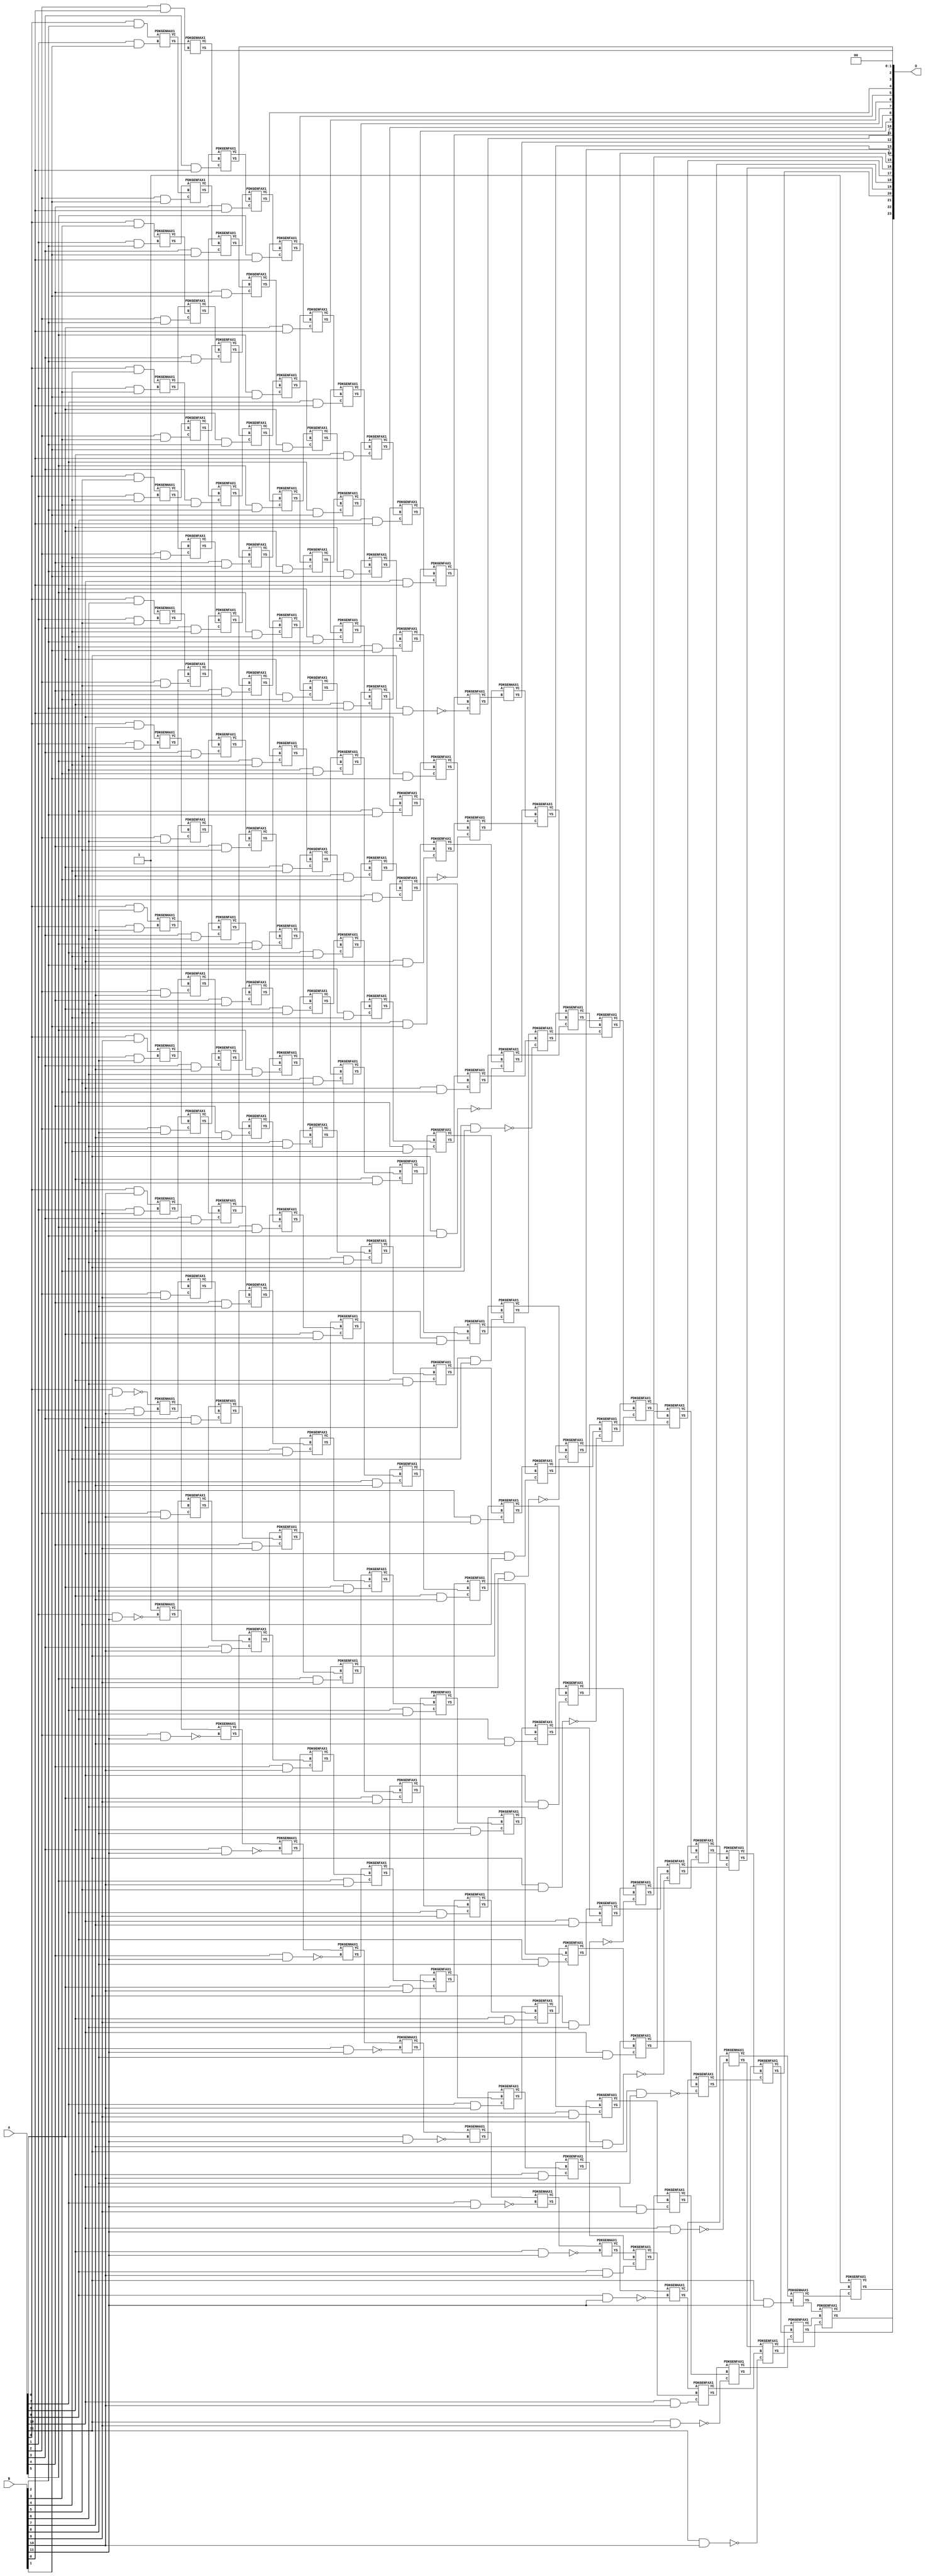
// This program was cloned from: https://github.com/ehw-fit/evoapproxlib
// License: MIT License

/***
* This code is a part of EvoApproxLib library (ehw.fit.vutbr.cz/approxlib) distributed under The MIT License.
* When used, please cite the following article(s): V. Mrazek, Z. Vasicek, L. Sekanina, H. Jiang and J. Han, "Scalable Construction of Approximate Multipliers With Formally Guaranteed Worst Case Error" in IEEE Transactions on Very Large Scale Integration (VLSI) Systems, vol. 26, no. 11, pp. 2572-2576, Nov. 2018. doi: 10.1109/TVLSI.2018.2856362 
* This file contains a circuit from a sub-set of pareto optimal circuits with respect to the pwr and mse parameters
***/
// MAE% = 0.0000072 %
// MAE = 1.2 
// WCE% = 0.00003 %
// WCE = 5.0 
// WCRE% = 500.00 %
// EP% = 50.00 %
// MRE% = 0.0023 %
// MSE = 3.8 
// PDK45_PWR = 1.200 mW
// PDK45_AREA = 1631.8 um2
// PDK45_DELAY = 2.32 ns


module mul12s_2KN ( A, B, O );
  input [11:0] A;
  input [11:0] B;
  output [23:0] O;

  wire C_10_0,C_10_1,C_10_10,C_10_11,C_10_2,C_10_3,C_10_4,C_10_5,C_10_6,C_10_7,C_10_8,C_10_9,C_11_0,C_11_1,C_11_10,C_11_11,C_11_2,C_11_3,C_11_4,C_11_5,C_11_6,C_11_7,C_11_8,C_11_9,C_12_0,C_12_1,C_12_10,C_12_11,C_12_2,C_12_3,C_12_4,C_12_5,C_12_6,C_12_7,C_12_8,C_12_9,C_1_1,C_1_10,C_1_11,C_1_2,C_1_3,C_1_4,C_1_5,C_1_6,C_1_7,C_1_8,C_1_9,C_2_0,C_2_1,C_2_10,C_2_11,C_2_2,C_2_3,C_2_4,C_2_5,C_2_6,C_2_7,C_2_8,C_2_9,C_3_0,C_3_1,C_3_10,C_3_11,C_3_2,C_3_3,C_3_4,C_3_5,C_3_6,C_3_7,C_3_8,C_3_9,C_4_0,C_4_1,C_4_10,C_4_11,C_4_2,C_4_3,C_4_4,C_4_5,C_4_6,C_4_7,C_4_8,C_4_9,C_5_0,C_5_1,C_5_10,C_5_11,C_5_2,C_5_3,C_5_4,C_5_5,C_5_6,C_5_7,C_5_8,C_5_9,C_6_0,C_6_1,C_6_10,C_6_11,C_6_2,C_6_3,C_6_4,C_6_5,C_6_6,C_6_7,C_6_8,C_6_9,C_7_0,C_7_1,C_7_10,C_7_11,C_7_2,C_7_3,C_7_4,C_7_5,C_7_6,C_7_7,C_7_8,C_7_9,C_8_0,C_8_1,C_8_10,C_8_11,C_8_2,C_8_3,C_8_4,C_8_5,C_8_6,C_8_7,C_8_8,C_8_9,C_9_0,C_9_1,C_9_10,C_9_11,C_9_2,C_9_3,C_9_4,C_9_5,C_9_6,C_9_7,C_9_8,C_9_9,S_0_10,S_0_11,S_0_2,S_0_3,S_0_4,S_0_5,S_0_6,S_0_7,S_0_8,S_0_9,S_10_0,S_10_1,S_10_10,S_10_11,S_10_2,S_10_3,S_10_4,S_10_5,S_10_6,S_10_7,S_10_8,S_10_9,S_11_0,S_11_1,S_11_10,S_11_11,S_11_2,S_11_3,S_11_4,S_11_5,S_11_6,S_11_7,S_11_8,S_11_9,S_12_0,S_12_1,S_12_10,S_12_11,S_12_2,S_12_3,S_12_4,S_12_5,S_12_6,S_12_7,S_12_8,S_12_9,S_1_1,S_1_10,S_1_11,S_1_2,S_1_3,S_1_4,S_1_5,S_1_6,S_1_7,S_1_8,S_1_9,S_2_0,S_2_1,S_2_10,S_2_11,S_2_2,S_2_3,S_2_4,S_2_5,S_2_6,S_2_7,S_2_8,S_2_9,S_3_0,S_3_1,S_3_10,S_3_11,S_3_2,S_3_3,S_3_4,S_3_5,S_3_6,S_3_7,S_3_8,S_3_9,S_4_0,S_4_1,S_4_10,S_4_11,S_4_2,S_4_3,S_4_4,S_4_5,S_4_6,S_4_7,S_4_8,S_4_9,S_5_0,S_5_1,S_5_10,S_5_11,S_5_2,S_5_3,S_5_4,S_5_5,S_5_6,S_5_7,S_5_8,S_5_9,S_6_0,S_6_1,S_6_10,S_6_11,S_6_2,S_6_3,S_6_4,S_6_5,S_6_6,S_6_7,S_6_8,S_6_9,S_7_0,S_7_1,S_7_10,S_7_11,S_7_2,S_7_3,S_7_4,S_7_5,S_7_6,S_7_7,S_7_8,S_7_9,S_8_0,S_8_1,S_8_10,S_8_11,S_8_2,S_8_3,S_8_4,S_8_5,S_8_6,S_8_7,S_8_8,S_8_9,S_9_0,S_9_1,S_9_10,S_9_11,S_9_2,S_9_3,S_9_4,S_9_5,S_9_6,S_9_7,S_9_8,S_9_9;

  assign S_0_2 = (A[0] & B[2]);
  assign S_0_3 = (A[0] & B[3]);
  assign S_0_4 = (A[0] & B[4]);
  assign S_0_5 = (A[0] & B[5]);
  assign S_0_6 = (A[0] & B[6]);
  assign S_0_7 = (A[0] & B[7]);
  assign S_0_8 = (A[0] & B[8]);
  assign S_0_9 = (A[0] & B[9]);
  assign S_0_10 = (A[0] & B[10]);
  assign S_0_11 = ~(A[0] & B[11]);
  PDKGENHAX1 U13886 (.A(S_0_2), .B((A[1] & B[1])), .YS(S_1_1), .YC(C_1_1));
  PDKGENHAX1 U13887 (.A(S_0_3), .B((A[1] & B[2])), .YS(S_1_2), .YC(C_1_2));
  PDKGENHAX1 U13888 (.A(S_0_4), .B((A[1] & B[3])), .YS(S_1_3), .YC(C_1_3));
  PDKGENHAX1 U13889 (.A(S_0_5), .B((A[1] & B[4])), .YS(S_1_4), .YC(C_1_4));
  PDKGENHAX1 U13890 (.A(S_0_6), .B((A[1] & B[5])), .YS(S_1_5), .YC(C_1_5));
  PDKGENHAX1 U13891 (.A(S_0_7), .B((A[1] & B[6])), .YS(S_1_6), .YC(C_1_6));
  PDKGENHAX1 U13892 (.A(S_0_8), .B((A[1] & B[7])), .YS(S_1_7), .YC(C_1_7));
  PDKGENHAX1 U13893 (.A(S_0_9), .B((A[1] & B[8])), .YS(S_1_8), .YC(C_1_8));
  PDKGENHAX1 U13894 (.A(S_0_10), .B((A[1] & B[9])), .YS(S_1_9), .YC(C_1_9));
  PDKGENHAX1 U13895 (.A(S_0_11), .B((A[1] & B[10])), .YS(S_1_10), .YC(C_1_10));
  PDKGENHAX1 U13896 (.A(1'b1), .B(~(A[1] & B[11])), .YS(S_1_11), .YC(C_1_11));
  PDKGENHAX1 U13897 (.A(S_1_1), .B((A[2] & B[0])), .YS(S_2_0), .YC(C_2_0));
  PDKGENFAX1 U13898 (.A(S_1_2), .B(C_1_1), .C((A[2] & B[1])), .YS(S_2_1), .YC(C_2_1));
  PDKGENFAX1 U13899 (.A(S_1_3), .B(C_1_2), .C((A[2] & B[2])), .YS(S_2_2), .YC(C_2_2));
  PDKGENFAX1 U13900 (.A(S_1_4), .B(C_1_3), .C((A[2] & B[3])), .YS(S_2_3), .YC(C_2_3));
  PDKGENFAX1 U13901 (.A(S_1_5), .B(C_1_4), .C((A[2] & B[4])), .YS(S_2_4), .YC(C_2_4));
  PDKGENFAX1 U13902 (.A(S_1_6), .B(C_1_5), .C((A[2] & B[5])), .YS(S_2_5), .YC(C_2_5));
  PDKGENFAX1 U13903 (.A(S_1_7), .B(C_1_6), .C((A[2] & B[6])), .YS(S_2_6), .YC(C_2_6));
  PDKGENFAX1 U13904 (.A(S_1_8), .B(C_1_7), .C((A[2] & B[7])), .YS(S_2_7), .YC(C_2_7));
  PDKGENFAX1 U13905 (.A(S_1_9), .B(C_1_8), .C((A[2] & B[8])), .YS(S_2_8), .YC(C_2_8));
  PDKGENFAX1 U13906 (.A(S_1_10), .B(C_1_9), .C((A[2] & B[9])), .YS(S_2_9), .YC(C_2_9));
  PDKGENFAX1 U13907 (.A(S_1_11), .B(C_1_10), .C((A[2] & B[10])), .YS(S_2_10), .YC(C_2_10));
  PDKGENHAX1 U13908 (.A(C_1_11), .B(~(A[2] & B[11])), .YS(S_2_11), .YC(C_2_11));
  PDKGENFAX1 U13909 (.A(S_2_1), .B(C_2_0), .C((A[3] & B[0])), .YS(S_3_0), .YC(C_3_0));
  PDKGENFAX1 U13910 (.A(S_2_2), .B(C_2_1), .C((A[3] & B[1])), .YS(S_3_1), .YC(C_3_1));
  PDKGENFAX1 U13911 (.A(S_2_3), .B(C_2_2), .C((A[3] & B[2])), .YS(S_3_2), .YC(C_3_2));
  PDKGENFAX1 U13912 (.A(S_2_4), .B(C_2_3), .C((A[3] & B[3])), .YS(S_3_3), .YC(C_3_3));
  PDKGENFAX1 U13913 (.A(S_2_5), .B(C_2_4), .C((A[3] & B[4])), .YS(S_3_4), .YC(C_3_4));
  PDKGENFAX1 U13914 (.A(S_2_6), .B(C_2_5), .C((A[3] & B[5])), .YS(S_3_5), .YC(C_3_5));
  PDKGENFAX1 U13915 (.A(S_2_7), .B(C_2_6), .C((A[3] & B[6])), .YS(S_3_6), .YC(C_3_6));
  PDKGENFAX1 U13916 (.A(S_2_8), .B(C_2_7), .C((A[3] & B[7])), .YS(S_3_7), .YC(C_3_7));
  PDKGENFAX1 U13917 (.A(S_2_9), .B(C_2_8), .C((A[3] & B[8])), .YS(S_3_8), .YC(C_3_8));
  PDKGENFAX1 U13918 (.A(S_2_10), .B(C_2_9), .C((A[3] & B[9])), .YS(S_3_9), .YC(C_3_9));
  PDKGENFAX1 U13919 (.A(S_2_11), .B(C_2_10), .C((A[3] & B[10])), .YS(S_3_10), .YC(C_3_10));
  PDKGENHAX1 U13920 (.A(C_2_11), .B(~(A[3] & B[11])), .YS(S_3_11), .YC(C_3_11));
  PDKGENFAX1 U13921 (.A(S_3_1), .B(C_3_0), .C((A[4] & B[0])), .YS(S_4_0), .YC(C_4_0));
  PDKGENFAX1 U13922 (.A(S_3_2), .B(C_3_1), .C((A[4] & B[1])), .YS(S_4_1), .YC(C_4_1));
  PDKGENFAX1 U13923 (.A(S_3_3), .B(C_3_2), .C((A[4] & B[2])), .YS(S_4_2), .YC(C_4_2));
  PDKGENFAX1 U13924 (.A(S_3_4), .B(C_3_3), .C((A[4] & B[3])), .YS(S_4_3), .YC(C_4_3));
  PDKGENFAX1 U13925 (.A(S_3_5), .B(C_3_4), .C((A[4] & B[4])), .YS(S_4_4), .YC(C_4_4));
  PDKGENFAX1 U13926 (.A(S_3_6), .B(C_3_5), .C((A[4] & B[5])), .YS(S_4_5), .YC(C_4_5));
  PDKGENFAX1 U13927 (.A(S_3_7), .B(C_3_6), .C((A[4] & B[6])), .YS(S_4_6), .YC(C_4_6));
  PDKGENFAX1 U13928 (.A(S_3_8), .B(C_3_7), .C((A[4] & B[7])), .YS(S_4_7), .YC(C_4_7));
  PDKGENFAX1 U13929 (.A(S_3_9), .B(C_3_8), .C((A[4] & B[8])), .YS(S_4_8), .YC(C_4_8));
  PDKGENFAX1 U13930 (.A(S_3_10), .B(C_3_9), .C((A[4] & B[9])), .YS(S_4_9), .YC(C_4_9));
  PDKGENFAX1 U13931 (.A(S_3_11), .B(C_3_10), .C((A[4] & B[10])), .YS(S_4_10), .YC(C_4_10));
  PDKGENHAX1 U13932 (.A(C_3_11), .B(~(A[4] & B[11])), .YS(S_4_11), .YC(C_4_11));
  PDKGENFAX1 U13933 (.A(S_4_1), .B(C_4_0), .C((A[5] & B[0])), .YS(S_5_0), .YC(C_5_0));
  PDKGENFAX1 U13934 (.A(S_4_2), .B(C_4_1), .C((A[5] & B[1])), .YS(S_5_1), .YC(C_5_1));
  PDKGENFAX1 U13935 (.A(S_4_3), .B(C_4_2), .C((A[5] & B[2])), .YS(S_5_2), .YC(C_5_2));
  PDKGENFAX1 U13936 (.A(S_4_4), .B(C_4_3), .C((A[5] & B[3])), .YS(S_5_3), .YC(C_5_3));
  PDKGENFAX1 U13937 (.A(S_4_5), .B(C_4_4), .C((A[5] & B[4])), .YS(S_5_4), .YC(C_5_4));
  PDKGENFAX1 U13938 (.A(S_4_6), .B(C_4_5), .C((A[5] & B[5])), .YS(S_5_5), .YC(C_5_5));
  PDKGENFAX1 U13939 (.A(S_4_7), .B(C_4_6), .C((A[5] & B[6])), .YS(S_5_6), .YC(C_5_6));
  PDKGENFAX1 U13940 (.A(S_4_8), .B(C_4_7), .C((A[5] & B[7])), .YS(S_5_7), .YC(C_5_7));
  PDKGENFAX1 U13941 (.A(S_4_9), .B(C_4_8), .C((A[5] & B[8])), .YS(S_5_8), .YC(C_5_8));
  PDKGENFAX1 U13942 (.A(S_4_10), .B(C_4_9), .C((A[5] & B[9])), .YS(S_5_9), .YC(C_5_9));
  PDKGENFAX1 U13943 (.A(S_4_11), .B(C_4_10), .C((A[5] & B[10])), .YS(S_5_10), .YC(C_5_10));
  PDKGENHAX1 U13944 (.A(C_4_11), .B(~(A[5] & B[11])), .YS(S_5_11), .YC(C_5_11));
  PDKGENFAX1 U13945 (.A(S_5_1), .B(C_5_0), .C((A[6] & B[0])), .YS(S_6_0), .YC(C_6_0));
  PDKGENFAX1 U13946 (.A(S_5_2), .B(C_5_1), .C((A[6] & B[1])), .YS(S_6_1), .YC(C_6_1));
  PDKGENFAX1 U13947 (.A(S_5_3), .B(C_5_2), .C((A[6] & B[2])), .YS(S_6_2), .YC(C_6_2));
  PDKGENFAX1 U13948 (.A(S_5_4), .B(C_5_3), .C((A[6] & B[3])), .YS(S_6_3), .YC(C_6_3));
  PDKGENFAX1 U13949 (.A(S_5_5), .B(C_5_4), .C((A[6] & B[4])), .YS(S_6_4), .YC(C_6_4));
  PDKGENFAX1 U13950 (.A(S_5_6), .B(C_5_5), .C((A[6] & B[5])), .YS(S_6_5), .YC(C_6_5));
  PDKGENFAX1 U13951 (.A(S_5_7), .B(C_5_6), .C((A[6] & B[6])), .YS(S_6_6), .YC(C_6_6));
  PDKGENFAX1 U13952 (.A(S_5_8), .B(C_5_7), .C((A[6] & B[7])), .YS(S_6_7), .YC(C_6_7));
  PDKGENFAX1 U13953 (.A(S_5_9), .B(C_5_8), .C((A[6] & B[8])), .YS(S_6_8), .YC(C_6_8));
  PDKGENFAX1 U13954 (.A(S_5_10), .B(C_5_9), .C((A[6] & B[9])), .YS(S_6_9), .YC(C_6_9));
  PDKGENFAX1 U13955 (.A(S_5_11), .B(C_5_10), .C((A[6] & B[10])), .YS(S_6_10), .YC(C_6_10));
  PDKGENHAX1 U13956 (.A(C_5_11), .B(~(A[6] & B[11])), .YS(S_6_11), .YC(C_6_11));
  PDKGENFAX1 U13957 (.A(S_6_1), .B(C_6_0), .C((A[7] & B[0])), .YS(S_7_0), .YC(C_7_0));
  PDKGENFAX1 U13958 (.A(S_6_2), .B(C_6_1), .C((A[7] & B[1])), .YS(S_7_1), .YC(C_7_1));
  PDKGENFAX1 U13959 (.A(S_6_3), .B(C_6_2), .C((A[7] & B[2])), .YS(S_7_2), .YC(C_7_2));
  PDKGENFAX1 U13960 (.A(S_6_4), .B(C_6_3), .C((A[7] & B[3])), .YS(S_7_3), .YC(C_7_3));
  PDKGENFAX1 U13961 (.A(S_6_5), .B(C_6_4), .C((A[7] & B[4])), .YS(S_7_4), .YC(C_7_4));
  PDKGENFAX1 U13962 (.A(S_6_6), .B(C_6_5), .C((A[7] & B[5])), .YS(S_7_5), .YC(C_7_5));
  PDKGENFAX1 U13963 (.A(S_6_7), .B(C_6_6), .C((A[7] & B[6])), .YS(S_7_6), .YC(C_7_6));
  PDKGENFAX1 U13964 (.A(S_6_8), .B(C_6_7), .C((A[7] & B[7])), .YS(S_7_7), .YC(C_7_7));
  PDKGENFAX1 U13965 (.A(S_6_9), .B(C_6_8), .C((A[7] & B[8])), .YS(S_7_8), .YC(C_7_8));
  PDKGENFAX1 U13966 (.A(S_6_10), .B(C_6_9), .C((A[7] & B[9])), .YS(S_7_9), .YC(C_7_9));
  PDKGENFAX1 U13967 (.A(S_6_11), .B(C_6_10), .C((A[7] & B[10])), .YS(S_7_10), .YC(C_7_10));
  PDKGENHAX1 U13968 (.A(C_6_11), .B(~(A[7] & B[11])), .YS(S_7_11), .YC(C_7_11));
  PDKGENFAX1 U13969 (.A(S_7_1), .B(C_7_0), .C((A[8] & B[0])), .YS(S_8_0), .YC(C_8_0));
  PDKGENFAX1 U13970 (.A(S_7_2), .B(C_7_1), .C((A[8] & B[1])), .YS(S_8_1), .YC(C_8_1));
  PDKGENFAX1 U13971 (.A(S_7_3), .B(C_7_2), .C((A[8] & B[2])), .YS(S_8_2), .YC(C_8_2));
  PDKGENFAX1 U13972 (.A(S_7_4), .B(C_7_3), .C((A[8] & B[3])), .YS(S_8_3), .YC(C_8_3));
  PDKGENFAX1 U13973 (.A(S_7_5), .B(C_7_4), .C((A[8] & B[4])), .YS(S_8_4), .YC(C_8_4));
  PDKGENFAX1 U13974 (.A(S_7_6), .B(C_7_5), .C((A[8] & B[5])), .YS(S_8_5), .YC(C_8_5));
  PDKGENFAX1 U13975 (.A(S_7_7), .B(C_7_6), .C((A[8] & B[6])), .YS(S_8_6), .YC(C_8_6));
  PDKGENFAX1 U13976 (.A(S_7_8), .B(C_7_7), .C((A[8] & B[7])), .YS(S_8_7), .YC(C_8_7));
  PDKGENFAX1 U13977 (.A(S_7_9), .B(C_7_8), .C((A[8] & B[8])), .YS(S_8_8), .YC(C_8_8));
  PDKGENFAX1 U13978 (.A(S_7_10), .B(C_7_9), .C((A[8] & B[9])), .YS(S_8_9), .YC(C_8_9));
  PDKGENFAX1 U13979 (.A(S_7_11), .B(C_7_10), .C((A[8] & B[10])), .YS(S_8_10), .YC(C_8_10));
  PDKGENHAX1 U13980 (.A(C_7_11), .B(~(A[8] & B[11])), .YS(S_8_11), .YC(C_8_11));
  PDKGENFAX1 U13981 (.A(S_8_1), .B(C_8_0), .C((A[9] & B[0])), .YS(S_9_0), .YC(C_9_0));
  PDKGENFAX1 U13982 (.A(S_8_2), .B(C_8_1), .C((A[9] & B[1])), .YS(S_9_1), .YC(C_9_1));
  PDKGENFAX1 U13983 (.A(S_8_3), .B(C_8_2), .C((A[9] & B[2])), .YS(S_9_2), .YC(C_9_2));
  PDKGENFAX1 U13984 (.A(S_8_4), .B(C_8_3), .C((A[9] & B[3])), .YS(S_9_3), .YC(C_9_3));
  PDKGENFAX1 U13985 (.A(S_8_5), .B(C_8_4), .C((A[9] & B[4])), .YS(S_9_4), .YC(C_9_4));
  PDKGENFAX1 U13986 (.A(S_8_6), .B(C_8_5), .C((A[9] & B[5])), .YS(S_9_5), .YC(C_9_5));
  PDKGENFAX1 U13987 (.A(S_8_7), .B(C_8_6), .C((A[9] & B[6])), .YS(S_9_6), .YC(C_9_6));
  PDKGENFAX1 U13988 (.A(S_8_8), .B(C_8_7), .C((A[9] & B[7])), .YS(S_9_7), .YC(C_9_7));
  PDKGENFAX1 U13989 (.A(S_8_9), .B(C_8_8), .C((A[9] & B[8])), .YS(S_9_8), .YC(C_9_8));
  PDKGENFAX1 U13990 (.A(S_8_10), .B(C_8_9), .C((A[9] & B[9])), .YS(S_9_9), .YC(C_9_9));
  PDKGENFAX1 U13991 (.A(S_8_11), .B(C_8_10), .C((A[9] & B[10])), .YS(S_9_10), .YC(C_9_10));
  PDKGENHAX1 U13992 (.A(C_8_11), .B(~(A[9] & B[11])), .YS(S_9_11), .YC(C_9_11));
  PDKGENFAX1 U13993 (.A(S_9_1), .B(C_9_0), .C((A[10] & B[0])), .YS(S_10_0), .YC(C_10_0));
  PDKGENFAX1 U13994 (.A(S_9_2), .B(C_9_1), .C((A[10] & B[1])), .YS(S_10_1), .YC(C_10_1));
  PDKGENFAX1 U13995 (.A(S_9_3), .B(C_9_2), .C((A[10] & B[2])), .YS(S_10_2), .YC(C_10_2));
  PDKGENFAX1 U13996 (.A(S_9_4), .B(C_9_3), .C((A[10] & B[3])), .YS(S_10_3), .YC(C_10_3));
  PDKGENFAX1 U13997 (.A(S_9_5), .B(C_9_4), .C((A[10] & B[4])), .YS(S_10_4), .YC(C_10_4));
  PDKGENFAX1 U13998 (.A(S_9_6), .B(C_9_5), .C((A[10] & B[5])), .YS(S_10_5), .YC(C_10_5));
  PDKGENFAX1 U13999 (.A(S_9_7), .B(C_9_6), .C((A[10] & B[6])), .YS(S_10_6), .YC(C_10_6));
  PDKGENFAX1 U14000 (.A(S_9_8), .B(C_9_7), .C((A[10] & B[7])), .YS(S_10_7), .YC(C_10_7));
  PDKGENFAX1 U14001 (.A(S_9_9), .B(C_9_8), .C((A[10] & B[8])), .YS(S_10_8), .YC(C_10_8));
  PDKGENFAX1 U14002 (.A(S_9_10), .B(C_9_9), .C((A[10] & B[9])), .YS(S_10_9), .YC(C_10_9));
  PDKGENFAX1 U14003 (.A(S_9_11), .B(C_9_10), .C((A[10] & B[10])), .YS(S_10_10), .YC(C_10_10));
  PDKGENHAX1 U14004 (.A(C_9_11), .B(~(A[10] & B[11])), .YS(S_10_11), .YC(C_10_11));
  PDKGENFAX1 U14005 (.A(S_10_1), .B(C_10_0), .C(~(A[11] & B[0])), .YS(S_11_0), .YC(C_11_0));
  PDKGENFAX1 U14006 (.A(S_10_2), .B(C_10_1), .C(~(A[11] & B[1])), .YS(S_11_1), .YC(C_11_1));
  PDKGENFAX1 U14007 (.A(S_10_3), .B(C_10_2), .C(~(A[11] & B[2])), .YS(S_11_2), .YC(C_11_2));
  PDKGENFAX1 U14008 (.A(S_10_4), .B(C_10_3), .C(~(A[11] & B[3])), .YS(S_11_3), .YC(C_11_3));
  PDKGENFAX1 U14009 (.A(S_10_5), .B(C_10_4), .C(~(A[11] & B[4])), .YS(S_11_4), .YC(C_11_4));
  PDKGENFAX1 U14010 (.A(S_10_6), .B(C_10_5), .C(~(A[11] & B[5])), .YS(S_11_5), .YC(C_11_5));
  PDKGENFAX1 U14011 (.A(S_10_7), .B(C_10_6), .C(~(A[11] & B[6])), .YS(S_11_6), .YC(C_11_6));
  PDKGENFAX1 U14012 (.A(S_10_8), .B(C_10_7), .C(~(A[11] & B[7])), .YS(S_11_7), .YC(C_11_7));
  PDKGENFAX1 U14013 (.A(S_10_9), .B(C_10_8), .C(~(A[11] & B[8])), .YS(S_11_8), .YC(C_11_8));
  PDKGENFAX1 U14014 (.A(S_10_10), .B(C_10_9), .C(~(A[11] & B[9])), .YS(S_11_9), .YC(C_11_9));
  PDKGENFAX1 U14015 (.A(S_10_11), .B(C_10_10), .C(~(A[11] & B[10])), .YS(S_11_10), .YC(C_11_10));
  PDKGENHAX1 U14016 (.A(C_10_11), .B((A[11] & B[11])), .YS(S_11_11), .YC(C_11_11));
  PDKGENHAX1 U14017 (.A(S_11_1), .B(C_11_0), .YS(S_12_0), .YC(C_12_0));
  PDKGENFAX1 U14018 (.A(S_11_2), .B(C_12_0), .C(C_11_1), .YS(S_12_1), .YC(C_12_1));
  PDKGENFAX1 U14019 (.A(S_11_3), .B(C_12_1), .C(C_11_2), .YS(S_12_2), .YC(C_12_2));
  PDKGENFAX1 U14020 (.A(S_11_4), .B(C_12_2), .C(C_11_3), .YS(S_12_3), .YC(C_12_3));
  PDKGENFAX1 U14021 (.A(S_11_5), .B(C_12_3), .C(C_11_4), .YS(S_12_4), .YC(C_12_4));
  PDKGENFAX1 U14022 (.A(S_11_6), .B(C_12_4), .C(C_11_5), .YS(S_12_5), .YC(C_12_5));
  PDKGENFAX1 U14023 (.A(S_11_7), .B(C_12_5), .C(C_11_6), .YS(S_12_6), .YC(C_12_6));
  PDKGENFAX1 U14024 (.A(S_11_8), .B(C_12_6), .C(C_11_7), .YS(S_12_7), .YC(C_12_7));
  PDKGENFAX1 U14025 (.A(S_11_9), .B(C_12_7), .C(C_11_8), .YS(S_12_8), .YC(C_12_8));
  PDKGENFAX1 U14026 (.A(S_11_10), .B(C_12_8), .C(C_11_9), .YS(S_12_9), .YC(C_12_9));
  PDKGENFAX1 U14027 (.A(S_11_11), .B(C_12_9), .C(C_11_10), .YS(S_12_10), .YC(C_12_10));
  PDKGENFAX1 U14028 (.A(1'b1), .B(C_12_10), .C(C_11_11), .YS(S_12_11), .YC(C_12_11));
  assign O = {S_12_11,S_12_10,S_12_9,S_12_8,S_12_7,S_12_6,S_12_5,S_12_4,S_12_3,S_12_2,S_12_1,S_12_0,S_11_0,S_10_0,S_9_0,S_8_0,S_7_0,S_6_0,S_5_0,S_4_0,S_3_0,S_2_0,1'b0,1'b0};

endmodule

/* mod */
module PDKGENHAX1( input A, input B, output YS, output YC );
    assign YS = A ^ B;
    assign YC = A & B;
endmodule
/* mod */
module PDKGENFAX1( input A, input B, input C, output YS, output YC );
    assign YS = (A ^ B) ^ C;
    assign YC = (A & B) | (B & C) | (A & C);
endmodule